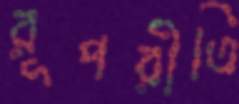
রূপরীতি